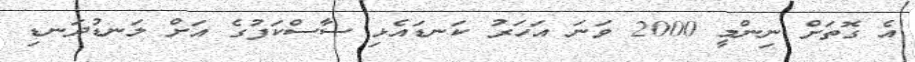
އެ ގޮތަށް ނިންމީ 2000 ވަނަ އަހަރު ކަނޑައެޅި ސާސްކަފުގެ އަށް ލަނޑުދަނޑި